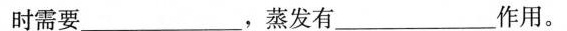
时需要___，蒸发有___作用。